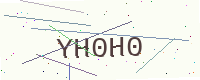
Text: YH0H0